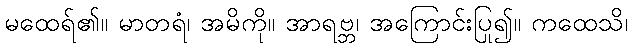
မထေရ်၏။ မာတရံ၊ အမိကို။ အာရဗ္ဘ၊ အကြောင်းပြု၍။ ကထေသိ၊